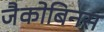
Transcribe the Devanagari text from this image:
जैकोबिनस